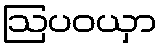
ဩပဝယှာ